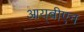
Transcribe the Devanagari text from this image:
आय्‌बीएन